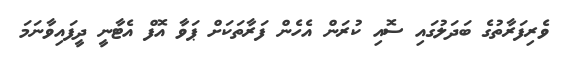
ވެރިފަރާތުގެ ބަދަލުގައި ސޮއި ކުރަން އެހެން ފަރާތަކަށް ޕަވާ އޮފް އެޓާނީ ދީފައިވާނަމަ